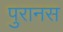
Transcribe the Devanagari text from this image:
पुरानस